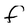
Character: f